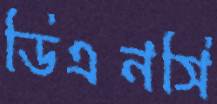
ডিএনসি